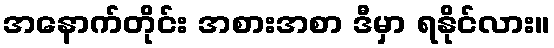
အနောက်တိုင်း အစားအစာ ဒီမှာ ရနိုင်လား။